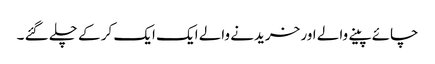
چائے پینے والے اور خریدنے والے ایک ایک کر کے چلے گئے ۔